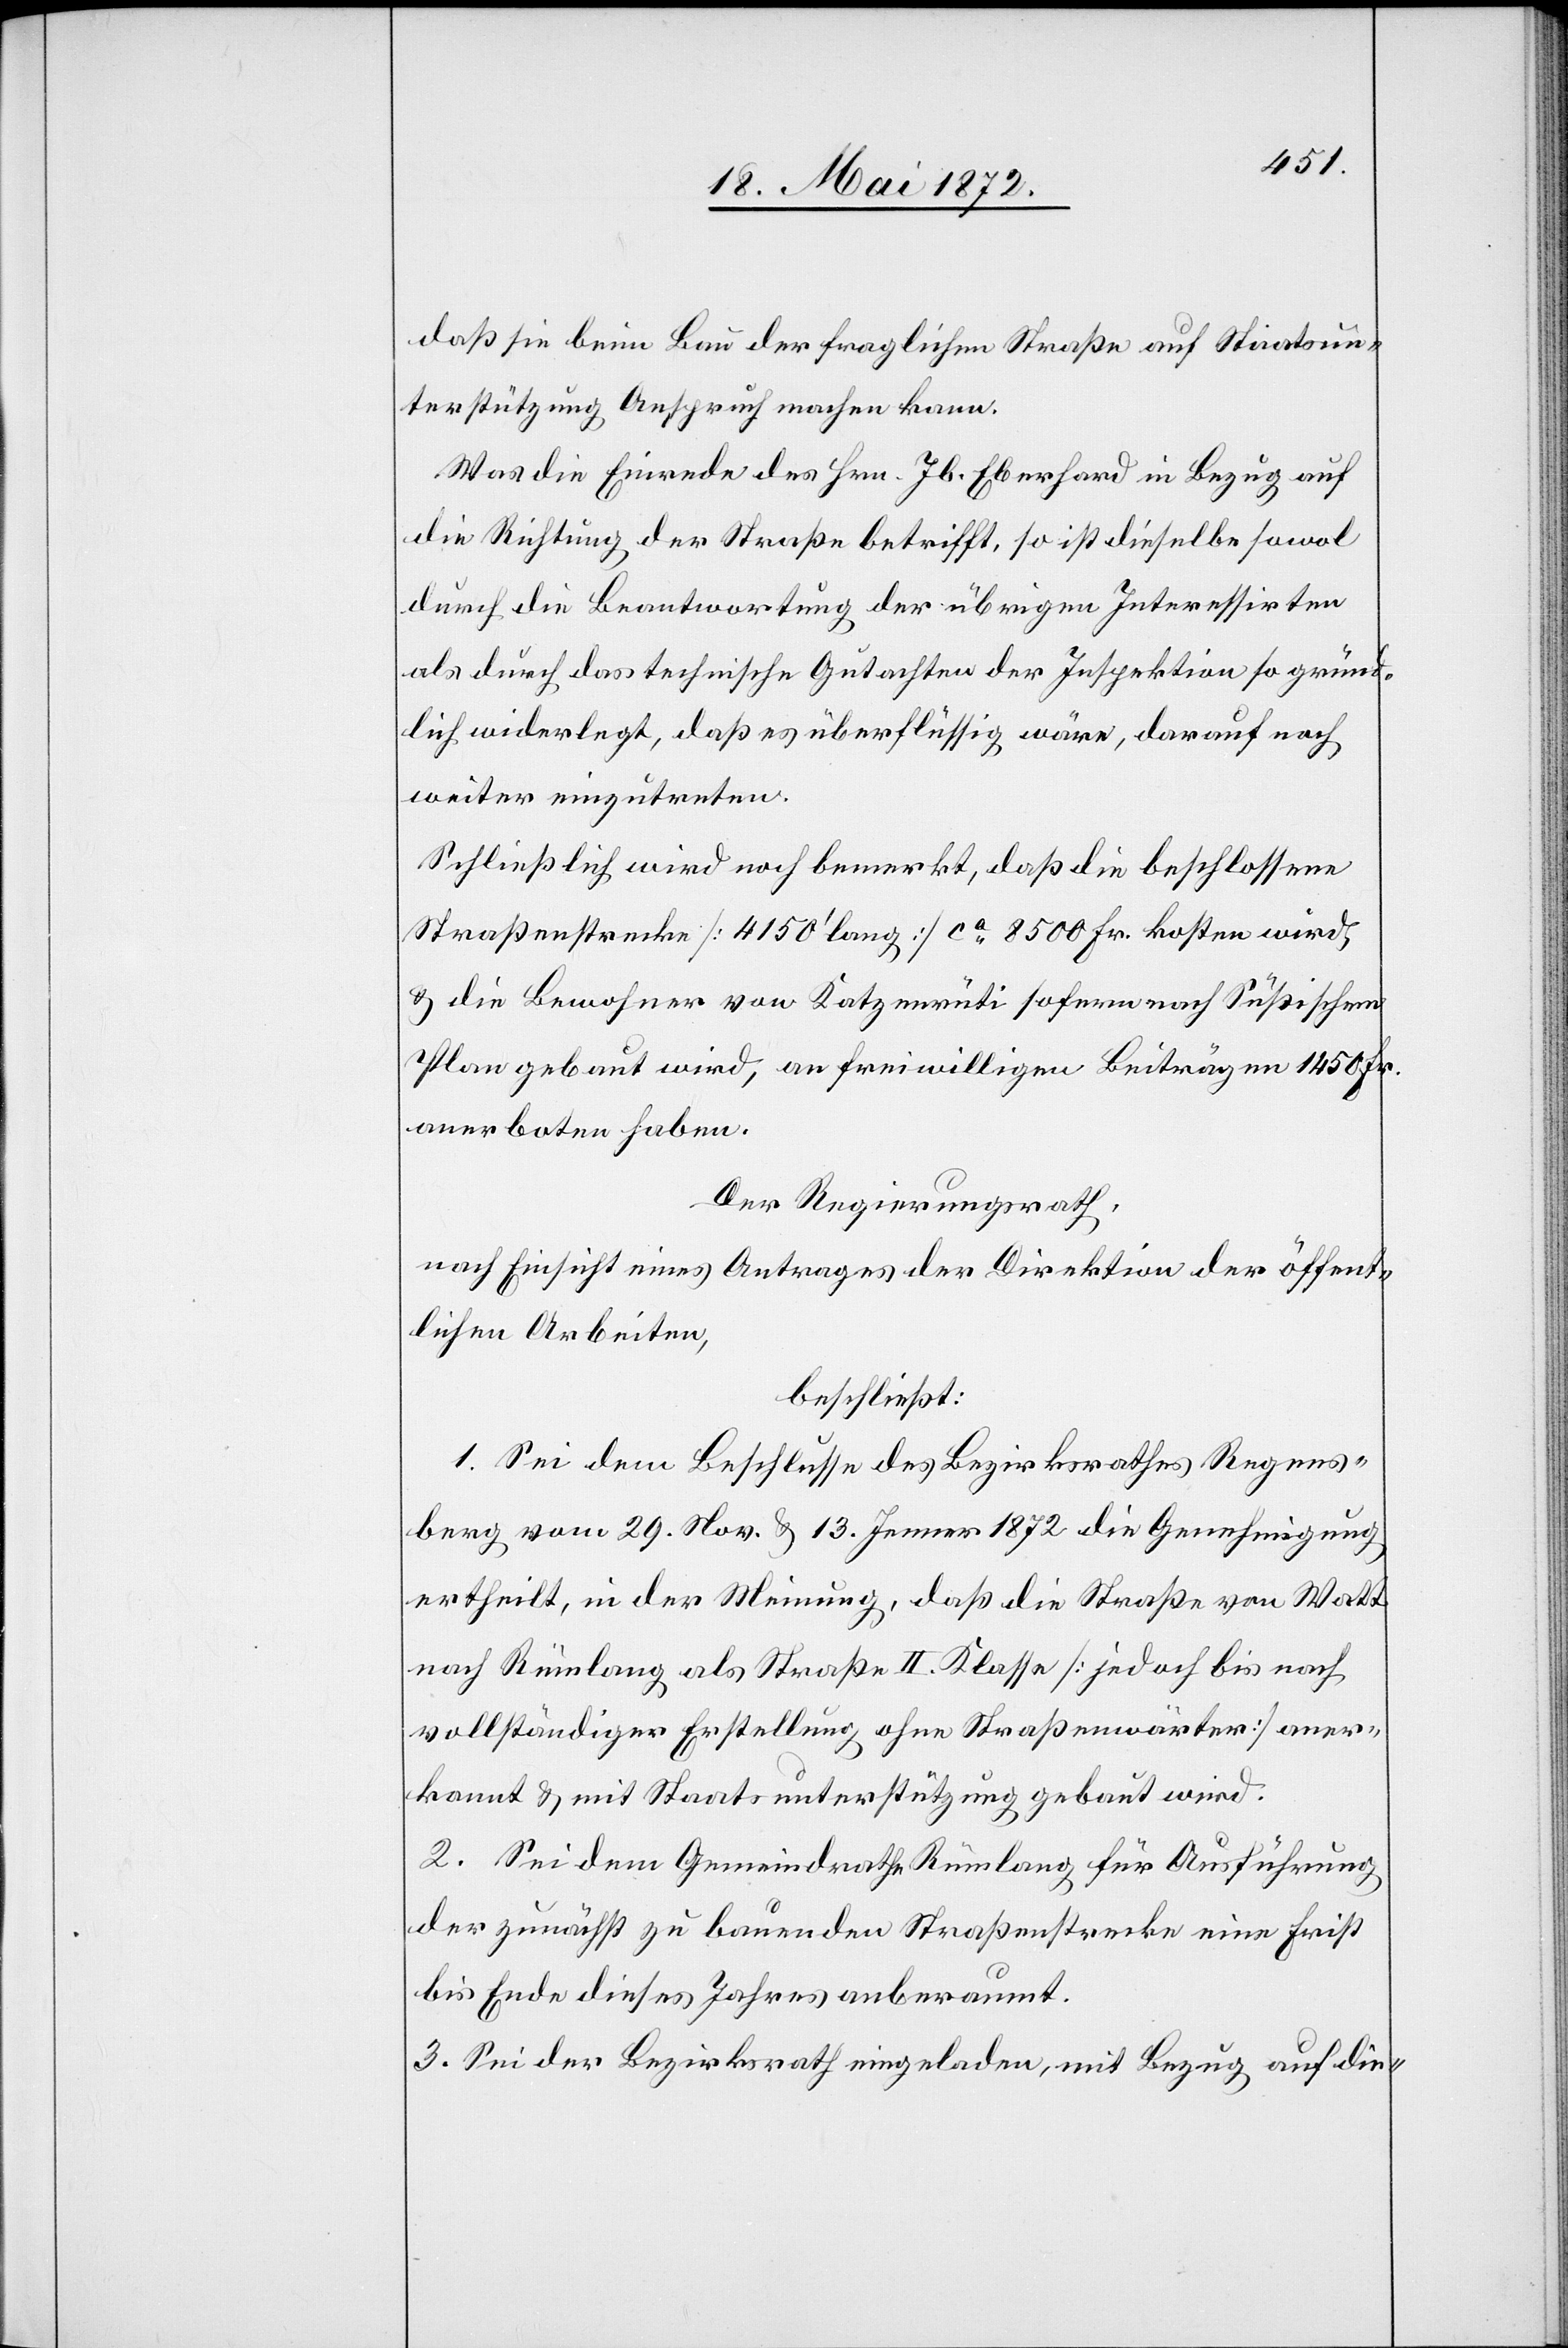
daß sie beim Bau der fraglichen Straße auf Staatsun¬
terstützung Anspruch machen kann.
Was die Einrede des Hrn. Jb. Eberhard in Bezug auf
die Richtung der Straße betrifft, so ist dieselbe sowol
durch die Beantwortung der übrigen Interessirten
als durch das technische Gutachten der Inspektion so gründ¬
lich widerlegt, daß es überflüssig wäre, darauf noch
weiter einzutreten.
Schließlich wird noch bemerkt, daß die beschlossene
Straßenstrecke [4150’ lang] ca 8500 Fr. kosten wird,
u. die Bewohner von Katzenrüti sofern nach Süßischem
Plan gebaut wird, an freiwilligen Beiträgen 1450 Fr.
anerboten haben.
Der Regierungsrath,
nach Einsicht eines Antrages der Direktion der öffent¬
lichen Arbeiten,
beschließt:
1. Sei dem Beschlusse des Bezirksrathes Regens¬
berg vom 29. Nov. u. 13. Jenner 1872 die Genehmigung
ertheilt, in der Meinung, daß die Straße von Watt
nach Rümlang als Straße II. Klasse [jedoch bis nach
vollständiger Erstellung ohne Straßenwärter] aner¬
kannt u. mit Staatsunterstützung gebaut wird.
2. Sei dem Gemeindrathe Rümlang für Ausführung
der zunächst zu bauenden Straßenstrecke eine Frist
bis Ende dieses Jahres anberaumt.
3. Sei der Bezirksrath eingeladen, mit Bezug auf die-